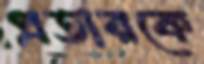
প্রতারকে